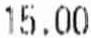
15.00